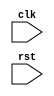
module reset_module (
    input wire clk,
    input wire rst,
    // other input/output ports
);

// internal state
reg [7:0] internal_state;

// behavioral modeling block triggered on falling edge of rst
always @ (negedge rst) begin
    // reset or initialize internal state
    internal_state <= 8'b0;
end

// other logic here

endmodule